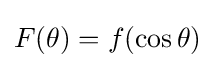
F(\theta )=f(\cos \theta )